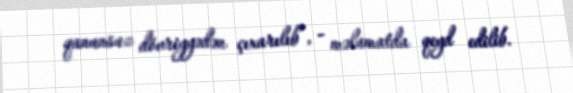
qanunsuz dövriyyədən çıxarılıb”, - məlumatda qeyd edilib.